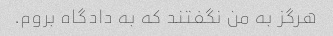
هرگز به من نگفتند که به دادگاه بروم.